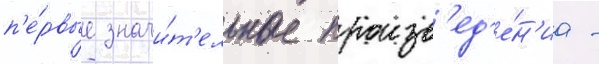
п'е́рвые значи́т'ельные произв'ед'е́н'иа -